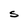
Character: S